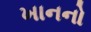
ખાનનો